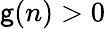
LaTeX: \mathsf{g}(n)>0